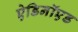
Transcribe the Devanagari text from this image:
ऐडिनॉएड